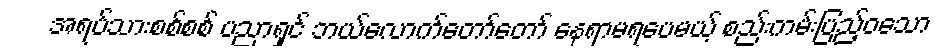
အရပ်သားစစ်စစ် ပညာရှင် ဘယ်လောက်တော်တော် နေရာမရပေမယ့် စည်းကမ်းပြည့်ဝသော